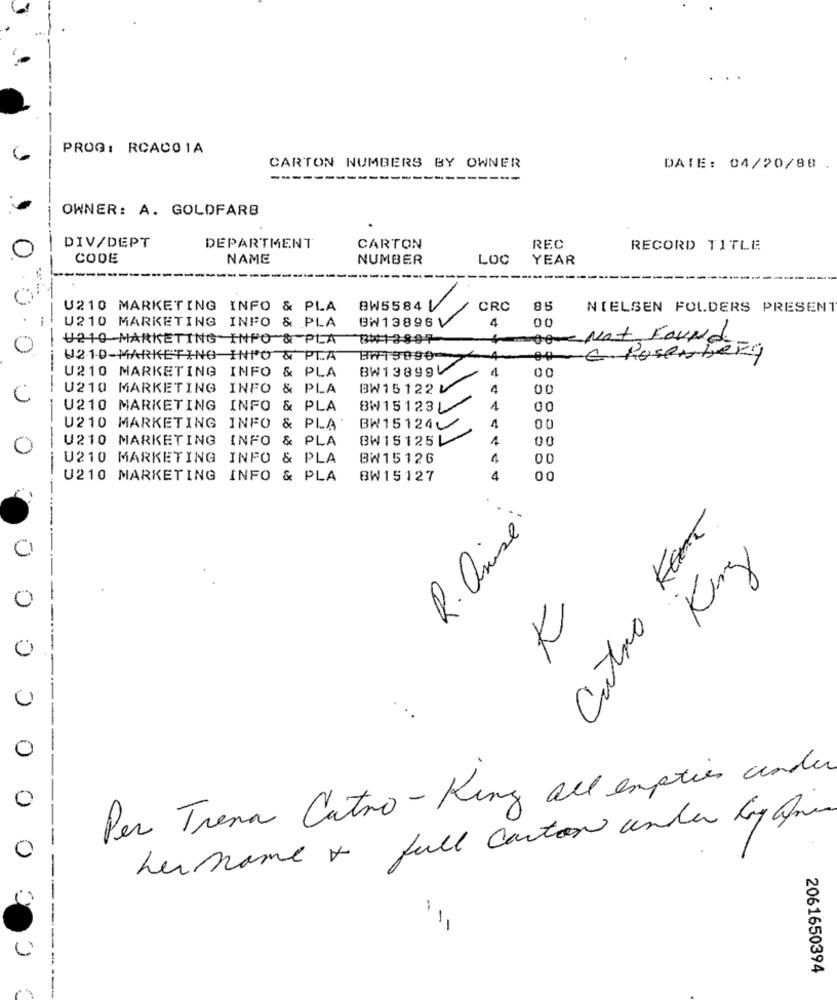
PROG: RCACO 1A
CARTON NUMBERS BY OWNER
DATE: 04/20/80
--
OWNER: A. GOLDFARB
DIV/DEPT
DEPARTMENT
CARTON
REC
RECORD TITLE
CODE
NAME
NUMBER
LOC
YEAR
U210 MARKETING INFO & PLA
8W5584
CRC
85
NIELSEN FOLDERS PRESENT
BW13896V
4
00
U210 MARKETING INFO & PLA
U210 MARKETING INFO & PLA
###13804
Do Not Found
U210-MARKETING INPO & PTA
A
OH C. Rosenberg
U210 MARKETING
BW13899V
4
00
INFO & PLA
U210 MARKETING
INFO & PLA
BW15122V
4
00
U210 MARKETING INFO & PLA
BW15123
1
00
U210 MARKETING INFO & PLA
BW15124
4
00
U210 MARKETING
INFO & PLA
BW15125L
1
00
U210 MARKETING INFO & PLA
BW15126
4
00
U210 MARKETING INFO & PLA
BW15127
4
00
--
Cutro Kan
R. Onise
King
0
0
----
Per Trena Catro - King all empties ander
0
hername + full carton under by que
0
000 , 0 0 0
---
2061650394